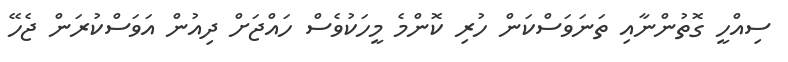
ސިއްހީ ގޮތުންނާއި ތަނަވަސްކަން ހުރި ކޮންމެ މީހަކުވެސް ހައްޖަށް ދިއުން އަވަސްކުރަން ޖެހޭ